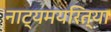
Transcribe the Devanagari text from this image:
नाट्यमयरित्या